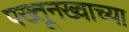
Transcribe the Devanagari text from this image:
पख्तूनख्वाच्या